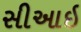
સીઆઇ